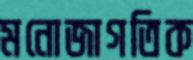
মনোজাগতিক